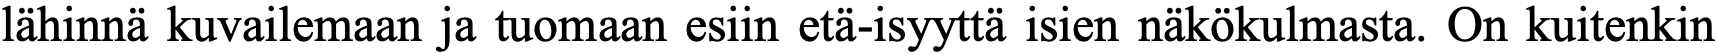
lähinnä kuvailemaan ja tuomaan esiin etä-isyyttä isien näkökulmasta. On kuitenkin